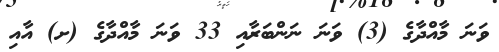
ވަނަ މާއްދާގެ (3) ވަނަ ނަންބަރާއި 33 ވަނަ މާއްދާގެ (ށ) އާއި